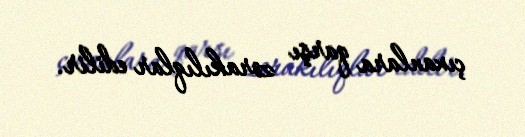
çıxanlara qarşı zorakılıqlar edilir.